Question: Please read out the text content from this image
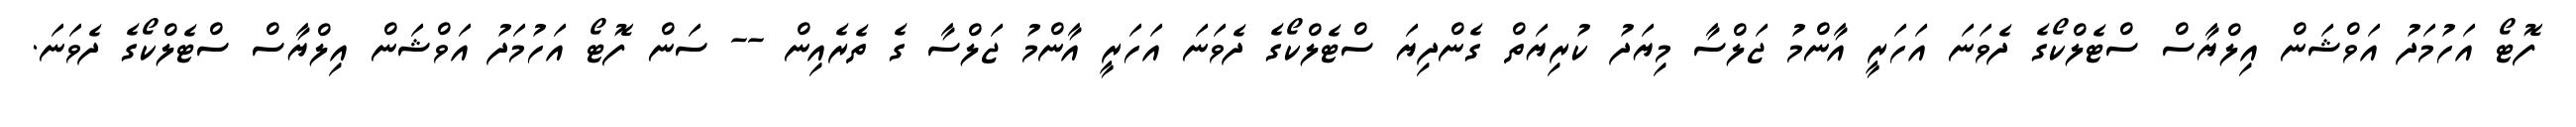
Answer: ފޮޓޯ އަހުމަދު އަވްޝަން އިލްޔާސް ސްޓެލްކޯގެ ދެވަނަ އަހަރީ އާންމު ޖަލްސާ މިޔަދު ކުރިޔަތް ގެންދިޔަ ސްޓެލްކޯގެ ދެވަނަ އަހަރީ އާންމު ޖަލްސާ ގެ ތެރެއިން -- ސަން ފޮޓޯ އަހުމަދު އަވްޝަން އިލްޔާސް ސްޓެލްކޯގެ ދެވަނަ.